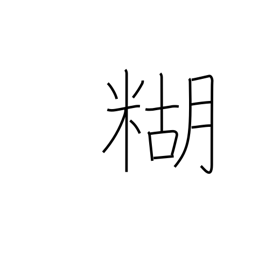
Meaning: paste